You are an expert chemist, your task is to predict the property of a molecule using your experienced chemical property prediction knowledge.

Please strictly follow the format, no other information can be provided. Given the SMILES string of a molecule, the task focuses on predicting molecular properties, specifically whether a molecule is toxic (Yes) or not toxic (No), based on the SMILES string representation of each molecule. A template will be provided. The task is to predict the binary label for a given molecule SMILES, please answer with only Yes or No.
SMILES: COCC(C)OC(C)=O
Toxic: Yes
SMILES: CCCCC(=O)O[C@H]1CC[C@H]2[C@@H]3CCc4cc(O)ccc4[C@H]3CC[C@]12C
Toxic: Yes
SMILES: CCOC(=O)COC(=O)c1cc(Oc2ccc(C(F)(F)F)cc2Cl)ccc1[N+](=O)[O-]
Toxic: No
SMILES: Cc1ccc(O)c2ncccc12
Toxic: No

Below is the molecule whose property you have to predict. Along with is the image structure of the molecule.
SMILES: O=C(O[C@@H](C(=O)O)[C@@H](OC(=O)c1ccccc1)C(=O)O)c1ccccc1
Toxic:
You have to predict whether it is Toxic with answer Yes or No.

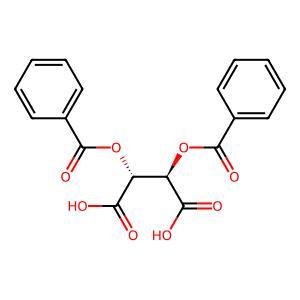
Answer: No